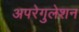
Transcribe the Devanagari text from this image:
अपरेगुलेशन